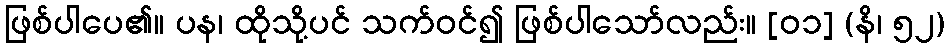
ဖြစ်ပါပေ၏။ ပန၊ ထိုသို့ပင် သက်ဝင်၍ ဖြစ်ပါသော်လည်း။ [၀၁] (နိ၊ ၅၂)